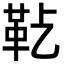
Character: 𩉟